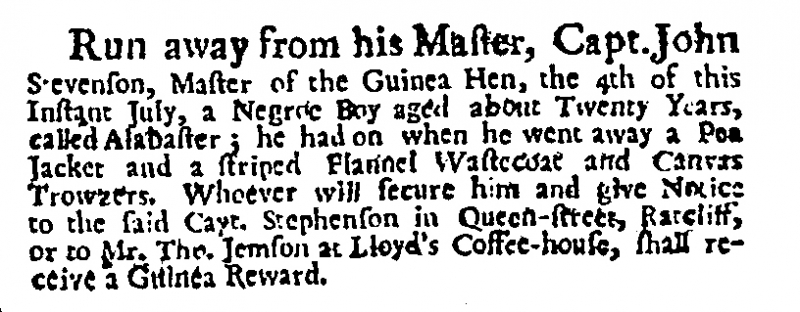
Daily Post, 6 July 1727 (England)
Run away from his Master, Capt. John Stevenson, Master of the Guinea Hen, the 4th of this Instant July, a Negroe Boy aged about Twenty Years, called Alabaster; he had on when he went away a Pea Jacket and a striped Flannel Wastecoat and Canvas Trowzers. Whoever will secure him and give Notice to the said Capt. Stephenson in Queen–street, Ratcliff, or to Mr. Tho. Jemson at Lloyd’s Coffee-house, shall receive a Guinea Reward.